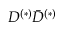
D ^ { ( * ) } \bar { D } ^ { ( * ) }